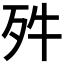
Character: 𣧘